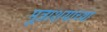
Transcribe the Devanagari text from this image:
मूत्राशयाच्या